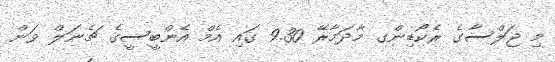
މި ޖަލްސާގެ ރެކޯޑިންގ މާދަމާރޭ 9.30 ގައި އެމް އެންބީސީގެ ޗެނަލް ވަން